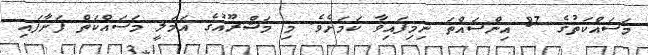
މަސައްކަތުގެ 87 އިންސައްތަ ނިމިފައިވާ ކަމަށެވެ. މި މަޝްރޫއުގެ އަމަލީ މަސައްކަތް ފަށާފައި